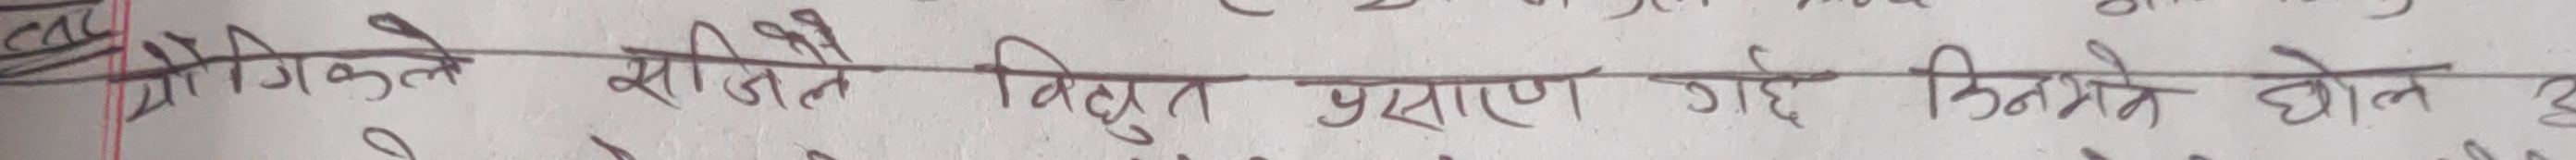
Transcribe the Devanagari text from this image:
प्रौद्योगिकीले सिजीले विद्युत प्रसारण गोह किमने होइन हे